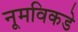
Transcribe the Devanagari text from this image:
नूमविकडे